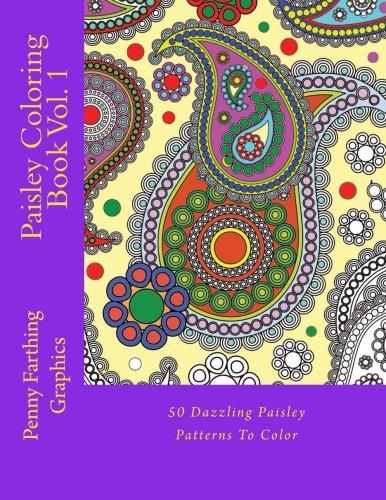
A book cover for Paisley Coloring Book Vol. 1; Penny Farthing Graphics; Arts & Photography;